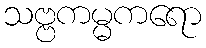
သဗ္ဗကမ္မကရော